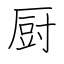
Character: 厨